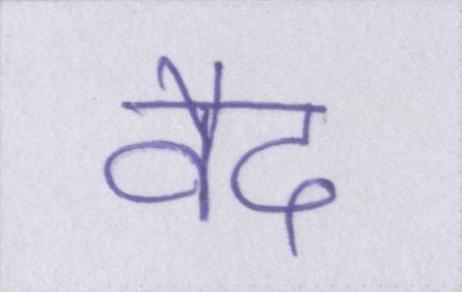
वैद